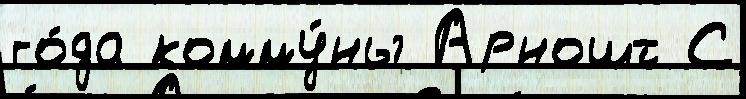
го́да комму́ны Арношт С